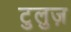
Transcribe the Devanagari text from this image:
टुलुज़